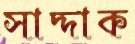
সাদ্দাক